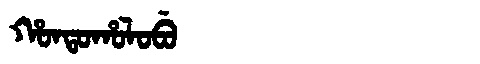
Manchu: ᡥᠣᠨᡨᠣᡥᠣᠯᠣᠪᡠ
Romanization: HONTOHOLOBU